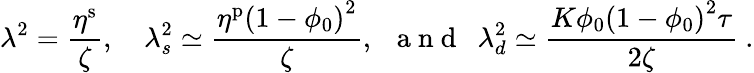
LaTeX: \lambda^{2}=\frac{\eta^{\mathrm{s}}}{\zeta},\quad\lambda_{s}^{2}\simeq\frac{\eta^{\mathrm{p}}\left(1-\phi_{0}\right)^{2}}{\zeta},\ \ \mathrm{~a~n~d~}\ \ \lambda_{d}^{2}\simeq\frac{K\phi_{0}\left(1-\phi_{0}\right)^{2}\tau}{2\zeta}\ .